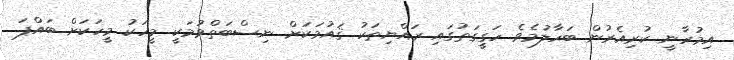
އިމުރާނީ ކުރިއެރުން ބަހާލުމެވެ ހަގީގަތުގައި ރައްޔިތަކު ޤައުމަކަށް ނިސްބަތްވުމަކީ މީހަކު މީހަކަށް ބައްޕަ